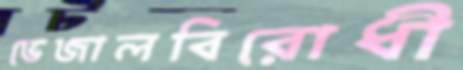
ভেজালবিরোধী